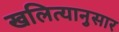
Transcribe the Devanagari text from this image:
खलित्यानुसार